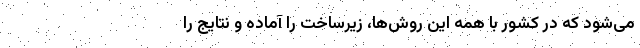
می‌‌شود که در کشور با همه این روش‌‌ها، زیرساخت را آماده و نتایج را